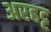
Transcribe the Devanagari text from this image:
अरहट्ट